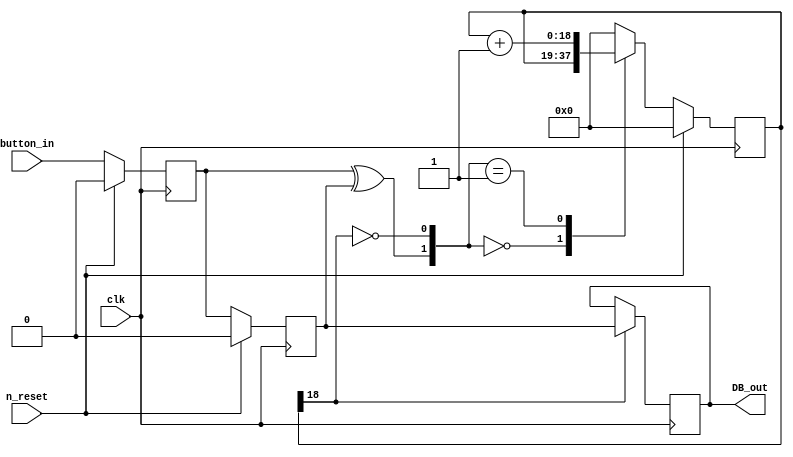
module  antiBounce(clk, n_reset, button_in, DB_out);
	parameter N = 19 ;

	input clk, n_reset, button_in;
	output reg 	DB_out;

	reg  [N-1 : 0]	q_reg;							// timing regs
	reg  [N-1 : 0]	q_next;
	reg DFF1, DFF2;									// input flip-flops
	wire q_add;											// control flags
	wire q_reset;

////contenious assignment for counter control
	assign q_reset = (DFF1  ^ DFF2);		// xor input flip flops to look for level change to reset counter
	assign  q_add = ~(q_reg[N-1]);			// add to counter when q_reg msb is equal to 0

/*how this always works:
		if DFF1 ^ DFF2 = 1 then our button has changed values thus we have to
		reinitialize the counter.

		if the xor result is 0 then that means our button hasnt changed values.
		so then we check the most significant bit of our timing reg.
		if the most significant bit is 1 then we have reached the maximum
		ammount of clock cycles and we just reassign the value to the reg.
		else we havent yet decided if the button is steady enough so we keep going,
		addin +1 for every cycle it remains steady.
*/
	always @ ( q_reset, q_add, q_reg)
		begin
			case( {q_reset , q_add})
				2'b00 :
						q_next <= q_reg;
				2'b01 :
						q_next <= q_reg + 1;
				default :
						q_next <= { N {1'b0} };
			endcase
		end

// Flip flop inputs and q_reg update //
	always @ ( posedge clk )
		begin//if reset then we reset the counter//
			if(n_reset ==  1'b1)
				begin
					DFF1 <= 1'b0;
					DFF2 <= 1'b0;
					q_reg <= { N {1'b0} };
				end
			else
				begin//else we update the values of our ffs//
					DFF1 <= button_in;
					DFF2 <= DFF1;
					q_reg <= q_next;
				end
		end

// counter control //
// If the time has passed and our counter has reached //
// its maximum value, then its time to update its value. //
// else keep the old one. //
	always @ ( posedge clk )
		begin
			if(q_reg[N-1] == 1'b1)// this means that we count up to (2^18) + 1 //
					DB_out <= DFF2;
			else
					DB_out <= DB_out;
		end

endmodule